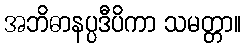
အဘိဓာနပ္ပဒီပိကာ သမတ္တာ။